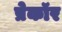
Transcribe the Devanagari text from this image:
प्रेकॉर